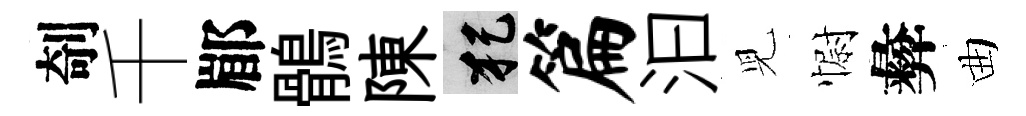
剞千郿鶻陳犯篇汩児𢠢彜曲